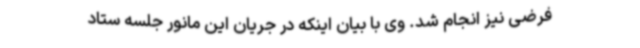
فرضی نیز انجام شد. وی با بیان اینکه در جریان این مانور جلسه ستاد